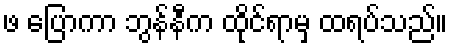
ဖ ပြောကာ ဘွန်နီက ထိုင်ရာမှ ထရပ်သည်။